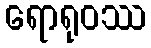
ရောရုဝဿ